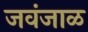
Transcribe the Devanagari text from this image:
जवंजाळ